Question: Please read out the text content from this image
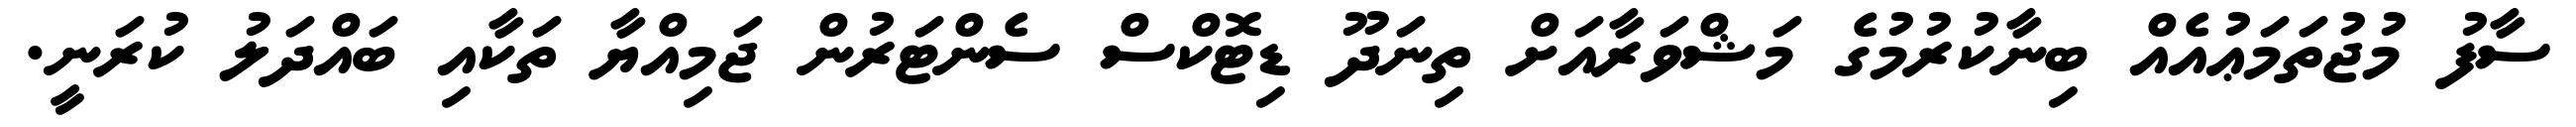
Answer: ސާފު މުޖުތަމަޢުއެއް ބިނާކުރުމުގެ މަޝްވަރާއަށް ތިނަދޫ ޑިޓޮކްސް ސެންޓަރުން ޖަމިއްޔާ ތަކާއި ބައްދަލު ކުރަނީ.